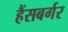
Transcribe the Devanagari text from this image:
हैंसबर्गर